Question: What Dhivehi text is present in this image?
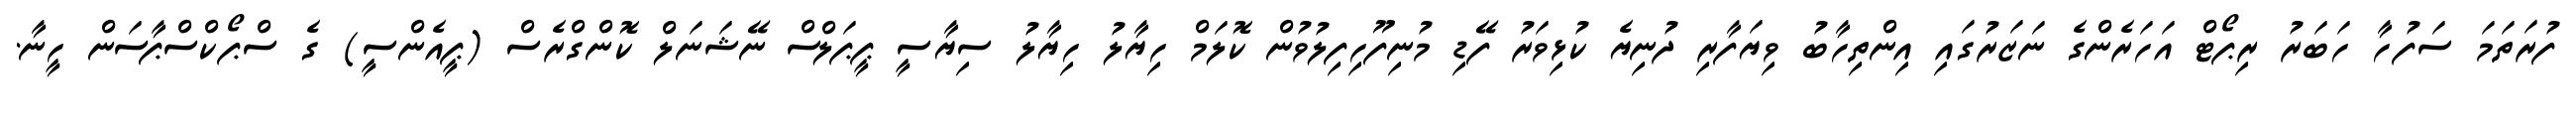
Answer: ފުރަތަމަ ސަފުހާ ހަބަރު ރިޕޯޓް އަހަރެންގެ ނަޒަރުގައި އިންތިހާބު ވިޔަފާރި ދުނިޔެ ކުޅިވަރު ފޭޑި މުނިފޫހިފިލުވުން ކޮލަމް ހިޔާލު ހިޔާލު ސިޔާސީ ޕީޕަލްސް ނޭޝަނަލް ކޮންގްރެސް (ޕީއެންސީ) ގެ ސްޕޯކްސްޕާސަން ހީނާ.